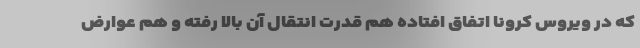
که در ویروس کرونا اتفاق افتاده هم قدرت انتقال آن بالا رفته و هم عوارض